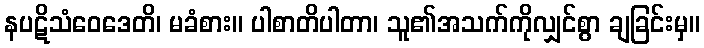
နပဋိသံဝေဒေတိ၊ မခံစား။ ပါစာတိပါတာ၊ သူ၏အသက်ကိုလျှင်စွာ ချခြင်းမှ။